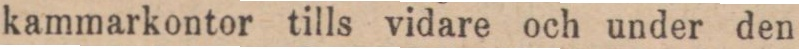
kammarkontor tills vidare och under den